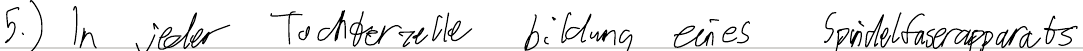
5.) In jeder Tochterzelle bildung eines Spindelfaserapparats